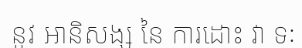
នូវ អានិសង្ស នៃ ការដោះ វា ទៈ